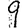
Digit: 9